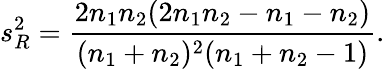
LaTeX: s_{R}^{2}=\frac{2n_{1}n_{2}(2n_{1}n_{2}-n_{1}-n_{2})}{(n_{1}+n_{2})^{2}(n_{1}+n_{2}-1)}.